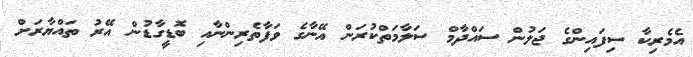
އެމެރިކާ ސިފައިންގެ ޖަލުން ސައްދާމް ސަލާމަތްކުރަން އޭނާގެ ވަފާތެރިންނާއި ބޮޑީގާޑުން އޭރު ތައްޔާރަށް